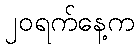
၂၀ရက်နေ့က